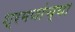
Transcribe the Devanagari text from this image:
श्रमणांच्या